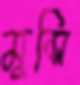
মুন্সি